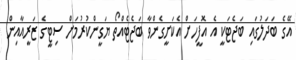
އޭގެ ބަދަލުގައި ބަޖެޓަކީ އެ އޮފީހަށް އެކަށީގެންވާ ބަޖެޓެއްތޯ ޔަގީންކުރުމަށް ސިޓީގެ ޒަރީއާއިން